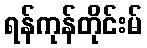
ရန်ကုန်တိုင်းမ်